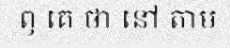
ឭ គេ ថា នៅ តាម